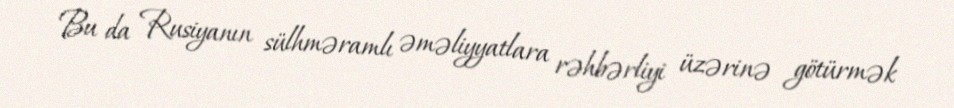
Bu da Rusiyanın sülhməramlı əməliyyatlara rəhbərliyi üzərinə götürmək